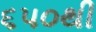
૬૫૦થી